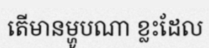
តើមានម្ហូបណា ខ្លះដែល